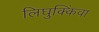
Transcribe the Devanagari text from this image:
लिघुक्किंवा